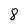
Character: 8